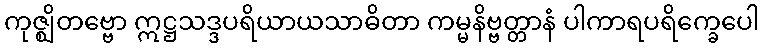
ကုဇ္ဈိတဗ္ဗော ဣဋ္ဌသဒ္ဒပရိယာယသာဓိတာ ကမ္မနိဗ္ဗတ္တာနံ ပါကာရပရိက္ခေပေါ